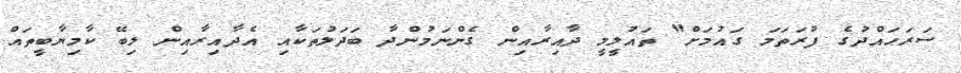
ސަރަހައްދުގެ ފުރަތަމަ ގައުމަށް" ތައުލީމީ ދާއިރާއިން ގެންނަމުންދާ ބަދަލުތަކާއި އެދާއިރާއިން ލިބޭ ކާމިޔާބީތައް